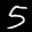
Label: 5